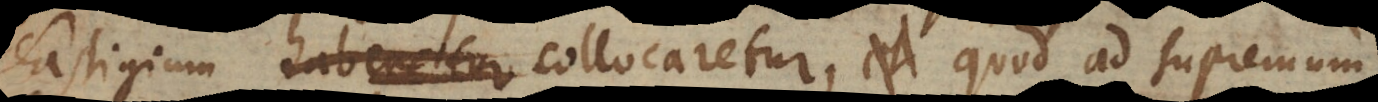
fastigium haberetur collocaretur, et quod ad supremum